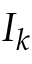
I _ { k }